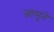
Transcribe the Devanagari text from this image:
जामुने